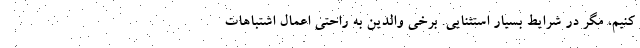
کنیم، مگر در شرایط بسیار استثنایی. برخی والدین به راحتی اعمال اشتباهات